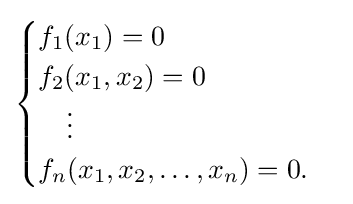
{\begin{cases}f_{1}(x_{1})=0\\f_{2}(x_{1},x_{2})=0\\\quad \vdots \\f_{n}(x_{1},x_{2},\ldots ,x_{n})=0.\end{cases}}